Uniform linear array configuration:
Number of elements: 48
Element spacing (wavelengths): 0.75
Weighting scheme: hann
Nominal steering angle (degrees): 30
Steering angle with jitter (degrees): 28.609
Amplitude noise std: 0.05
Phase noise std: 0.05

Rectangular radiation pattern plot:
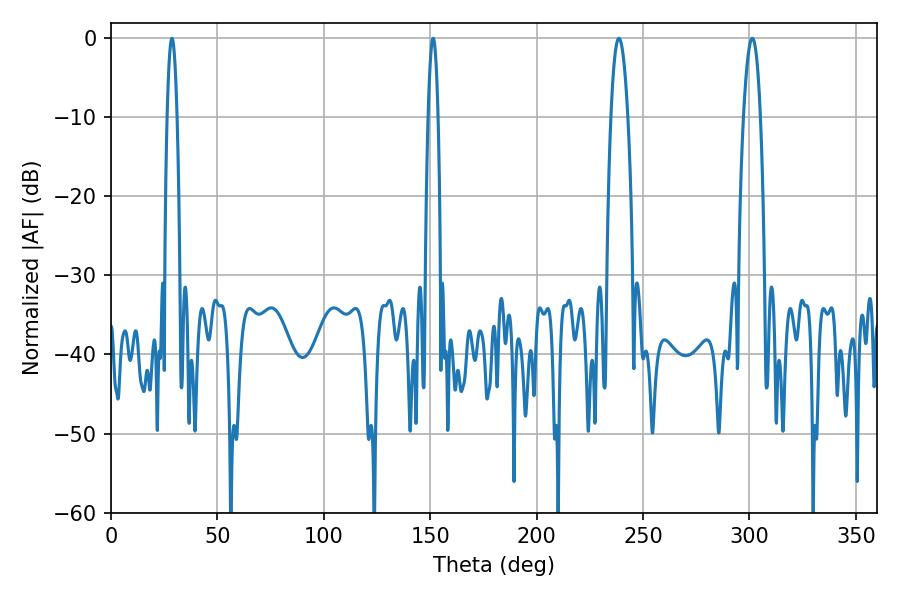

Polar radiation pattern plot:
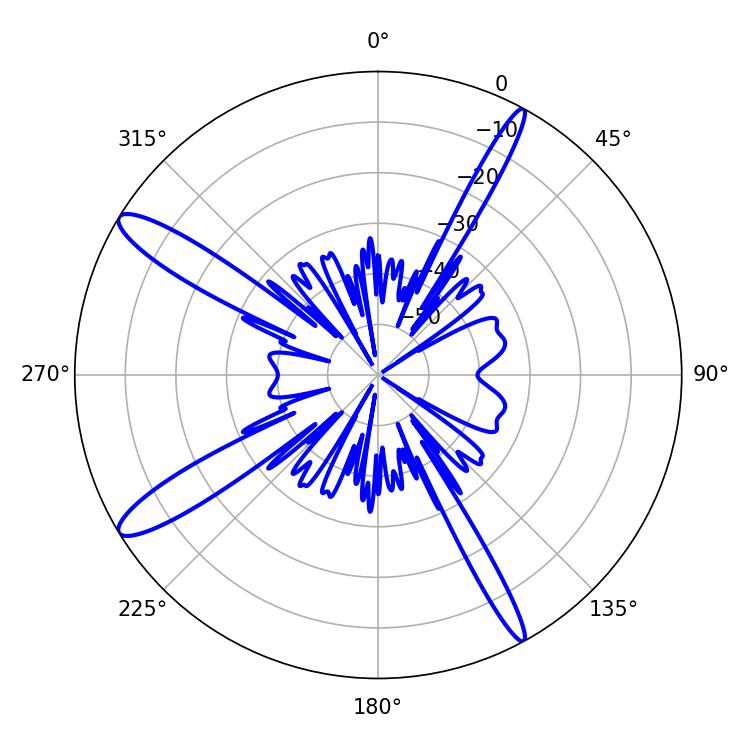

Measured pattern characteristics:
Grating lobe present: TRUE
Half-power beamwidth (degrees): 4.32
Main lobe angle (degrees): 301.32